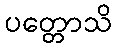
ပတ္တောသိ